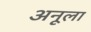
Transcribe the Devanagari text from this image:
अनूला